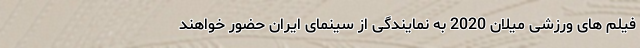
فیلم های ورزشی میلان 2020 به نمایندگی از سینمای ایران حضور خواهند